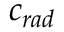
c _ { r a d }